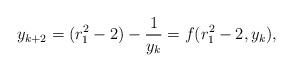
LaTeX: \begin{align*}y_{k+2} = (r_1^2-2) - \frac{1}{y_{k}}=f(r_1^2-2,y_{k}),\end{align*}